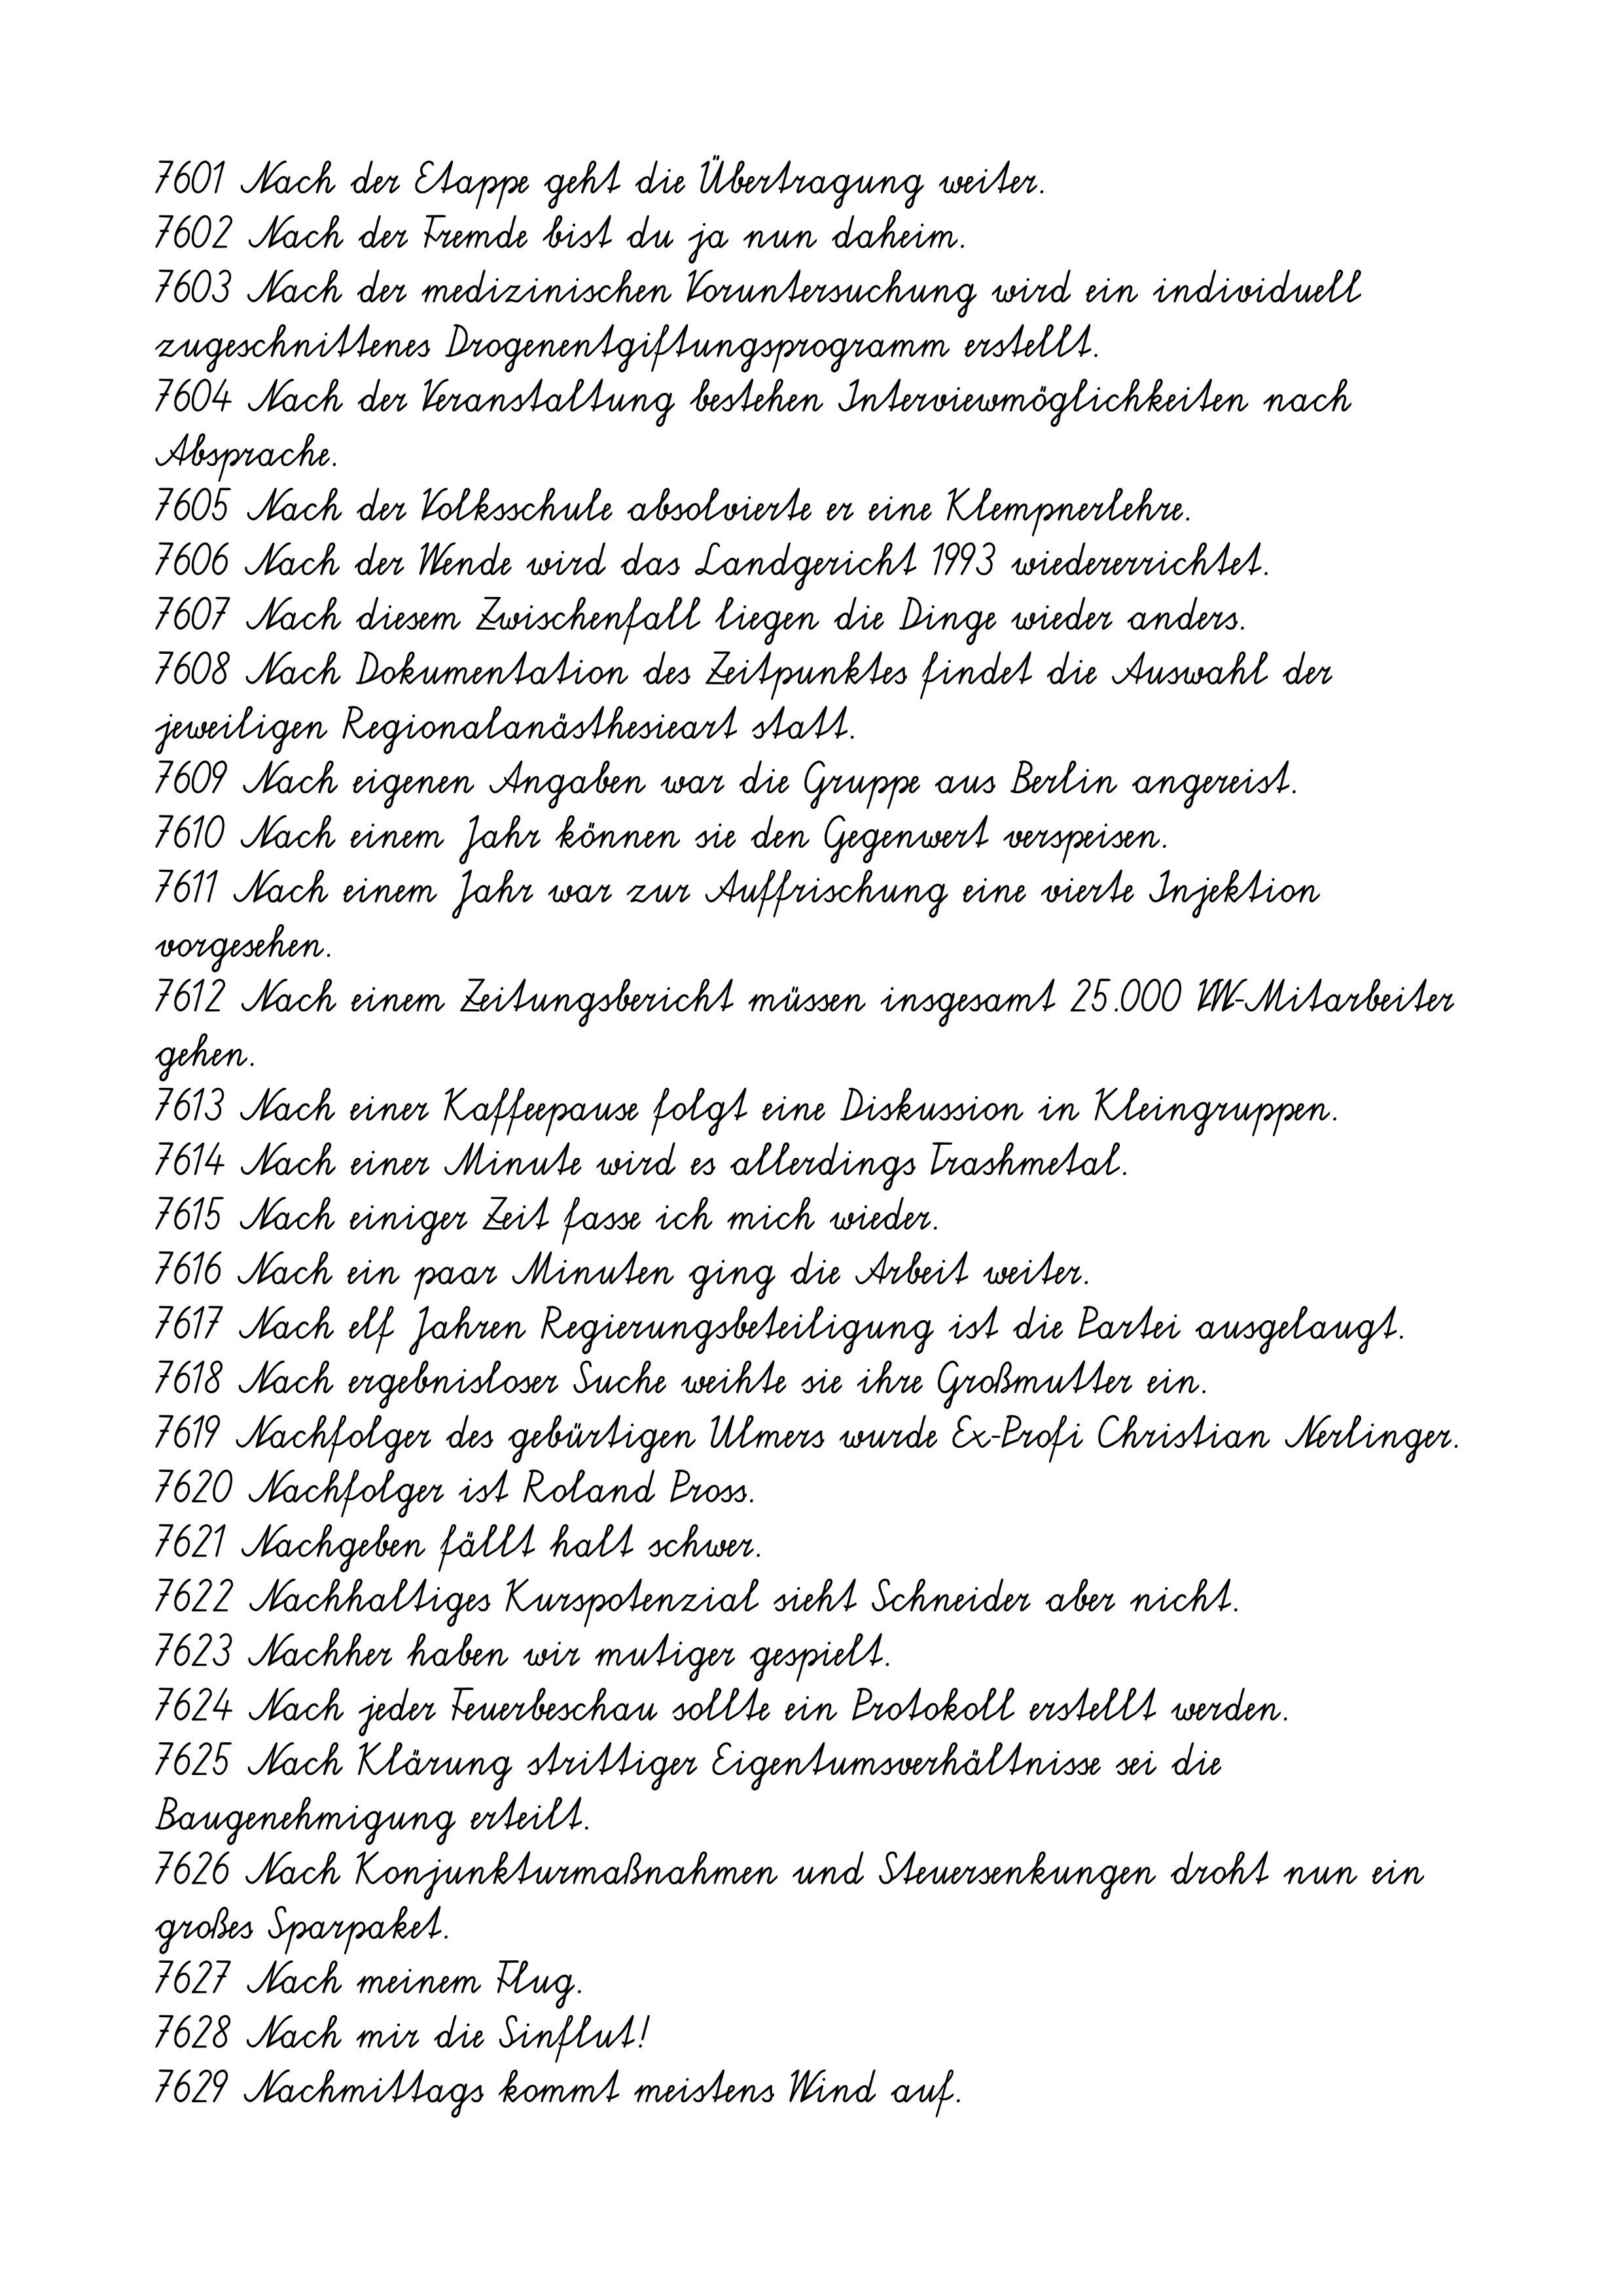
7601 Nach der Etappe geht die Übertragung weiter.
7602 Nach der Fremde bist du ja nun daheim.
7603 Nach der medizinischen Voruntersuchung wird ein individuell
zugeschnittenes Drogenentgiftungsprogramm erstellt.
7604 Nach der Veranstaltung bestehen Interviewmöglichkeiten nach
Absprache.
7605 Nach der Volksschule absolvierte er eine Klempnerlehre.
7606 Nach der Wende wird das Landgericht 1993 wiedererrichtet.
7607 Nach diesem Zwischenfall liegen die Dinge wieder anders.
7608 Nach Dokumentation des Zeitpunktes findet die Auswahl der
jeweiligen Regionalanästhesieart statt.
7609 Nach eigenen Angaben war die Gruppe aus Berlin angereist.
7610 Nach einem Jahr können sie den Gegenwert verspeisen.
7611 Nach einem Jahr war zur Auffrischung eine vierte Injektion
vorgesehen.
7612 Nach einem Zeitungsbericht müssen insgesamt 25.000 VW-Mitarbeiter
gehen.
7613 Nach einer Kaffeepause folgt eine Diskussion in Kleingruppen.
7614 Nach einer Minute wird es allerdings Trashmetal.
7615 Nach einiger Zeit fasse ich mich wieder.
7616 Nach ein paar Minuten ging die Arbeit weiter.
7617 Nach elf Jahren Regierungsbeteiligung ist die Partei ausgelaugt.
7618 Nach ergebnisloser Suche weihte sie ihre Großmutter ein.
7619 Nachfolger des gebürtigen Ulmers wurde Ex-Profi Christian Nerlinger.
7620 Nachfolger ist Roland Pross.
7621 Nachgeben fällt halt schwer.
7622 Nachhaltiges Kurspotenzial sieht Schneider aber nicht.
7623 Nachher haben wir mutiger gespielt.
7624 Nach jeder Feuerbeschau sollte ein Protokoll erstellt werden.
7625 Nach Klärung strittiger Eigentumsverhältnisse sei die
Baugenehmigung erteilt.
7626 Nach Konjunkturmaßnahmen und Steuersenkungen droht nun ein
großes Sparpaket.
7627 Nach meinem Flug.
7628 Nach mir die Sinflut!
7629 Nachmittags kommt meistens Wind auf.